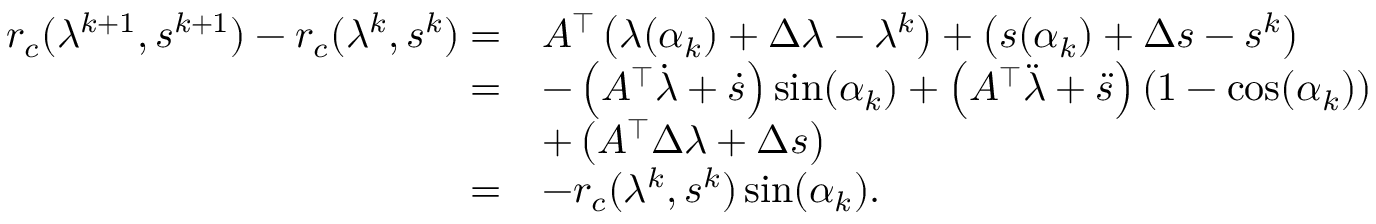
\begin{array} { r l } { r _ { c } ( \lambda ^ { k + 1 } , s ^ { k + 1 } ) - r _ { c } ( \lambda ^ { k } , s ^ { k } ) = } & { A ^ { \top } \left( \lambda ( \alpha _ { k } ) + \Delta \lambda - \lambda ^ { k } \right) + \left( s ( \alpha _ { k } ) + \Delta s - s ^ { k } \right) } \\ { = } & { - \left( A ^ { \top } \dot { \lambda } + \dot { s } \right) \sin ( \alpha _ { k } ) + \left( A ^ { \top } \ddot { \lambda } + \ddot { s } \right) ( 1 - \cos ( \alpha _ { k } ) ) } \\ & { + \left( A ^ { \top } \Delta \lambda + \Delta s \right) } \\ { = } & { - r _ { c } ( \lambda ^ { k } , s ^ { k } ) \sin ( \alpha _ { k } ) . } \end{array}